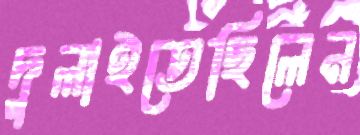
দুলাইতেছিলেন